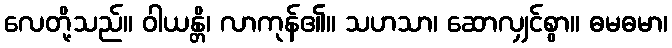
လေတို့သည်။ ဝါယန္တိ၊ လာကုန်၏။ သဟသာ၊ ဆောလျှင်စွာ။ ဓမဓမာ၊